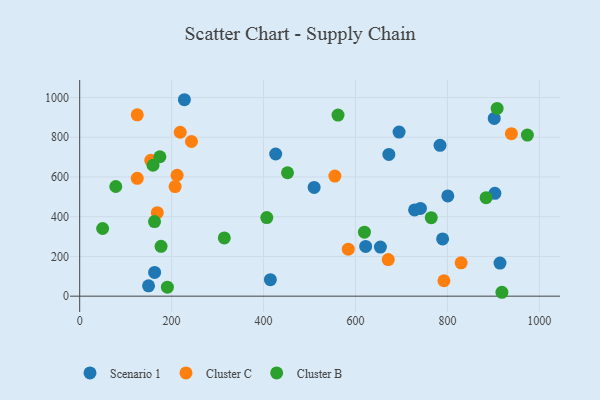
{"axis": {"x": "Speed", "y": "Profit"}, "legend": ["Cluster B", "Cluster C", "Scenario 1"], "data": [{"x": "622.1", "y": 250.6, "type": "Scenario 1"}, {"x": "414.8", "y": 83.2, "type": "Scenario 1"}, {"x": "914.3", "y": 166.4, "type": "Scenario 1"}, {"x": "741.3", "y": 441.6, "type": "Scenario 1"}, {"x": "800.8", "y": 504.5, "type": "Scenario 1"}, {"x": "789.5", "y": 288.3, "type": "Scenario 1"}, {"x": "426.4", "y": 715.6, "type": "Scenario 1"}, {"x": "672.6", "y": 713.6, "type": "Scenario 1"}, {"x": "901.8", "y": 894.7, "type": "Scenario 1"}, {"x": "728.5", "y": 434.4, "type": "Scenario 1"}, {"x": "694.8", "y": 826.3, "type": "Scenario 1"}, {"x": "510.0", "y": 547.2, "type": "Scenario 1"}, {"x": "783.9", "y": 759.2, "type": "Scenario 1"}, {"x": "654.2", "y": 247.2, "type": "Scenario 1"}, {"x": "903.2", "y": 517.6, "type": "Scenario 1"}, {"x": "149.8", "y": 52.3, "type": "Scenario 1"}, {"x": "227.8", "y": 988.9, "type": "Scenario 1"}, {"x": "163.0", "y": 119.5, "type": "Scenario 1"}, {"x": "154.6", "y": 683.6, "type": "Cluster C"}, {"x": "125.2", "y": 912.8, "type": "Cluster C"}, {"x": "939.2", "y": 818.1, "type": "Cluster C"}, {"x": "671.2", "y": 184.3, "type": "Cluster C"}, {"x": "125.2", "y": 593.3, "type": "Cluster C"}, {"x": "168.8", "y": 420.5, "type": "Cluster C"}, {"x": "829.8", "y": 168.1, "type": "Cluster C"}, {"x": "218.7", "y": 825.2, "type": "Cluster C"}, {"x": "207.6", "y": 551.6, "type": "Cluster C"}, {"x": "243.2", "y": 778.6, "type": "Cluster C"}, {"x": "792.4", "y": 77.7, "type": "Cluster C"}, {"x": "584.3", "y": 236.6, "type": "Cluster C"}, {"x": "555.1", "y": 604.5, "type": "Cluster C"}, {"x": "211.9", "y": 608.7, "type": "Cluster C"}, {"x": "159.5", "y": 659.1, "type": "Cluster B"}, {"x": "314.6", "y": 293.0, "type": "Cluster B"}, {"x": "562.0", "y": 911.8, "type": "Cluster B"}, {"x": "49.9", "y": 340.6, "type": "Cluster B"}, {"x": "452.1", "y": 621.4, "type": "Cluster B"}, {"x": "908.1", "y": 945.3, "type": "Cluster B"}, {"x": "884.1", "y": 495.8, "type": "Cluster B"}, {"x": "78.5", "y": 552.1, "type": "Cluster B"}, {"x": "190.8", "y": 45.2, "type": "Cluster B"}, {"x": "973.9", "y": 811.1, "type": "Cluster B"}, {"x": "619.4", "y": 322.1, "type": "Cluster B"}, {"x": "174.5", "y": 701.8, "type": "Cluster B"}, {"x": "177.0", "y": 250.9, "type": "Cluster B"}, {"x": "407.0", "y": 395.4, "type": "Cluster B"}, {"x": "764.8", "y": 395.2, "type": "Cluster B"}, {"x": "918.5", "y": 19.6, "type": "Cluster B"}, {"x": "162.8", "y": 375.6, "type": "Cluster B"}]}